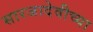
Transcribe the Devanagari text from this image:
सारजादेवीच्या